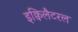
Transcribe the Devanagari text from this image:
इक्विलैटरल